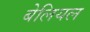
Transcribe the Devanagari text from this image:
बेलियल